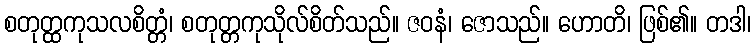
စတုတ္ထကုသလစိတ္တံ၊ စတုတ္တကုသိုလ်စိတ်သည်။ ဇဝနံ၊ ဇောသည်။ ဟောတိ၊ ဖြစ်၏။ တဒါ၊